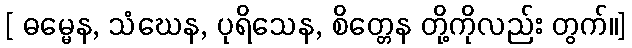
[ ဓမ္မေန, သံဃေန, ပုရိသေန, စိတ္တေန တို့ကိုလည်း တွက်။]